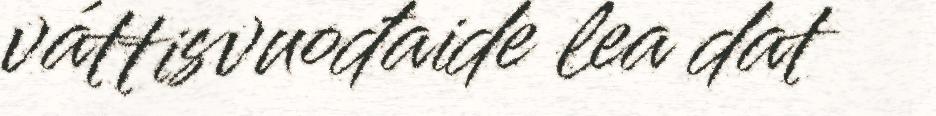
váttisvuođaide lea dat